system: You are a helpful assistant.
user:
Analyze the provided spectrum to determine if it is a **S-type Star**.

- **Key Indicators for S-type Star:**

    - **(Overall Spectrum Shape):** The first and most obvious characteristic is the overall continuum (the "baseline" shape). It is **extremely "red-sloping,"** meaning the flux (light intensity) is very low on the left side (blue, ~4000-4500 Å) and rises steeply and continuously toward the right side (red, ~7000 Å+).

    - **(Primary):** The spectrum is defined by the presence of strong, broad molecular absorption "valleys" (bands) from **Zirconium Oxide (ZrO)**. The identification of these bands is the **primary requirement** for classifying a star as S-type.
        - **(Key Bandheads):** You must find distinct, deep "dips" where the light has been absorbed. The most critical band systems to locate are:
            - **~6474 Å** ($\gamma$-system): This is often the strongest and clearest ZrO feature, found in the red part of the spectrum.
            - **~5718 Å** & **~5551 Å** ($\beta$-system): A pair of prominent absorption features in the yellow-orange part of the spectrum.
            - **~4640 Å** ($\alpha$-system): A key absorption band system in the blue-green region of the spectrum.

    - **(Secondary Confirmation):** The classification is strengthened by finding additional absorption bands from other related heavy element oxides, which are expected to be present alongside ZrO.
        - **(Key Bandheads):**
            - **Yttrium Oxide (YO):** Look for absorption dips near **~4800 Å** and **~6100 Å**.
            - **Lanthanum Oxide (LaO):** Additional absorption features, particularly in the red-orange part of the spectrum, are also characteristic.

    - **(Line Profile):** The combination of the steep red continuum and these numerous, deep molecular bands (ZrO, YO, etc.) gives the entire spectrum a very **"chopped-up"** or **"bumpy"** appearance. Instead of a smooth curve, the spectrum looks as though large, wide chunks of light have been "carved out" of it at the specific wavelengths listed above.

Think first, call **spectral_visualization_tool** if needed to examine features in detail, then provide your final answer. Your response must adhere to the following strict rules:
1.  **Overall Structure:** Your response must follow the format `<think>...</think> <tool_call>...</tool_call> (if a tool is used) <answer>...</answer>`.
2.  **Tool Usage Constraint:** You may only make **one** tool call per turn.
3.  **Final Answer Format:** In the `<answer>` tag, your conclusion must be inside a `\boxed{}` command (e.g., `\boxed{YES}` or `\boxed{NO}`), followed by your justification.

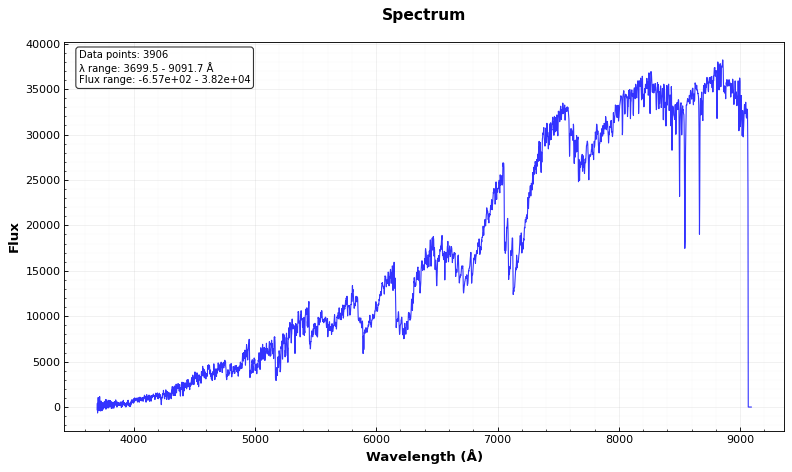
Answer: YES